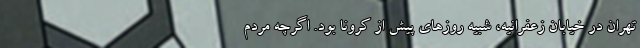
تهران در خیابان زعفرانیه، شبیه روزهای پیش از کرونا بود. اگرچه مردم